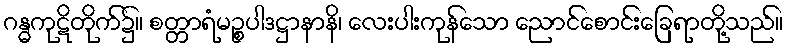
ဂန္ဓကုဋိတိုက်၌။ စတ္တာရံမဉ္စပါဒဋ္ဌာနာနိ၊ လေးပါးကုန်သော ညောင်စောင်းခြေရာတို့သည်။